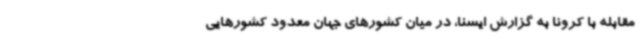
مقابله با کرونا به گزارش ایسنا، در میان کشورهای جهان معدود کشورهایی